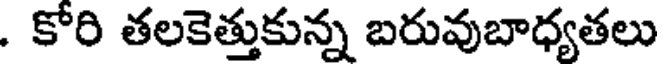
. కోరి తలకెత్తుకున్న బరువుబాధ్యతలు